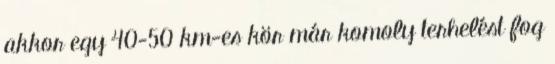
akkor egy 40-50 km-es kör már komoly terhelést fog